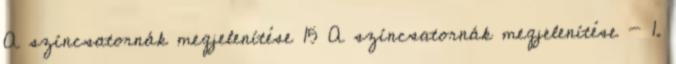
A színcsatornák megjelenítése 15 A színcsatornák megjelenítése - 1.